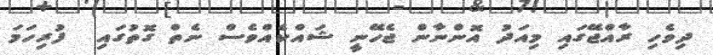
ދިވެހި ރާއްޖޭގައި މިއަދު އޮންނާން ޖެހޭނީ ޝައްކެއްވެސް ނެތް ގޮތުގައި  ފުރިހަމަ